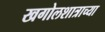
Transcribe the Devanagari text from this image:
खगोलशात्राच्या